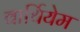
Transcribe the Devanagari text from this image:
वार्थियेम